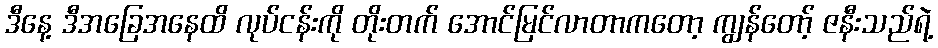
ဒီနေ့ ဒီအခြေအနေထိ လုပ်ငန်းကို တိုးတက် အောင်မြင်လာတာကတော့ ကျွန်တော့် ဇနီးသည်ရဲ့